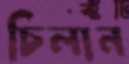
চিলান